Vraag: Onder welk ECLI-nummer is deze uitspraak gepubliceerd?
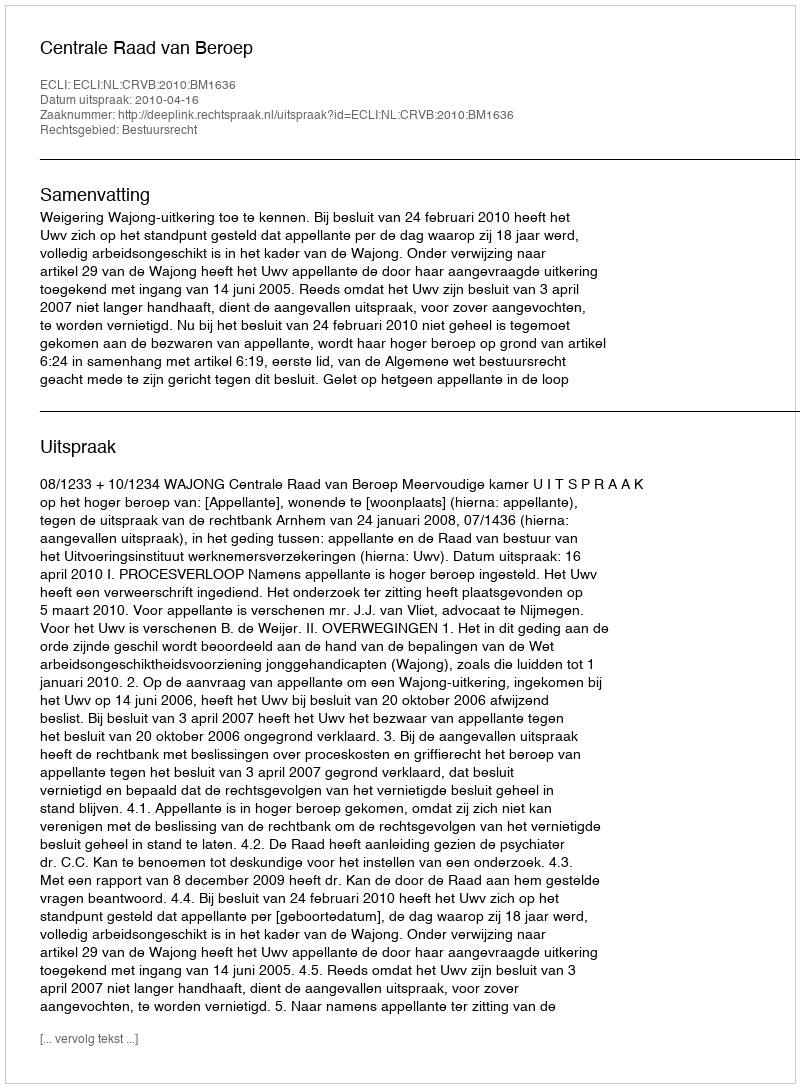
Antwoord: ECLI:NL:CRVB:2010:BM1636